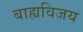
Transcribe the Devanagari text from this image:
बाह्यविजय